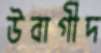
উবাগীদ